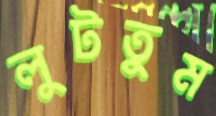
লুটতুম